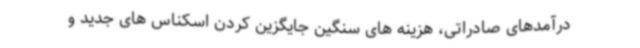
درآمدهای صادراتی، هزینه های سنگین جایگزین کردن اسکناس های جدید و